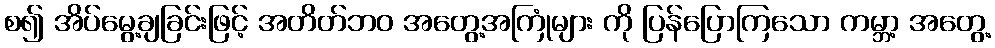
စ၍ အိပ်မွေ့ချခြင်းဖြင့် အတိတ်ဘဝ အတွေ့အကြုံများ ကို ပြန်ပြောကြသော ကမ္ဘာ့ အတွေ့